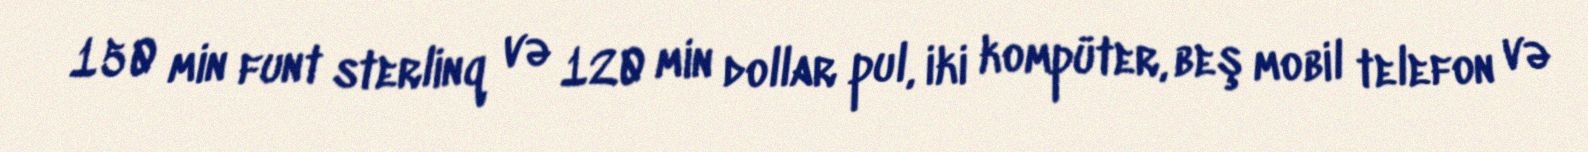
150 min funt sterlinq və 120 min dollar pul, iki kompüter, beş mobil telefon və